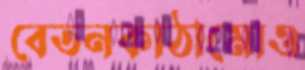
বেতনকাঠামোও